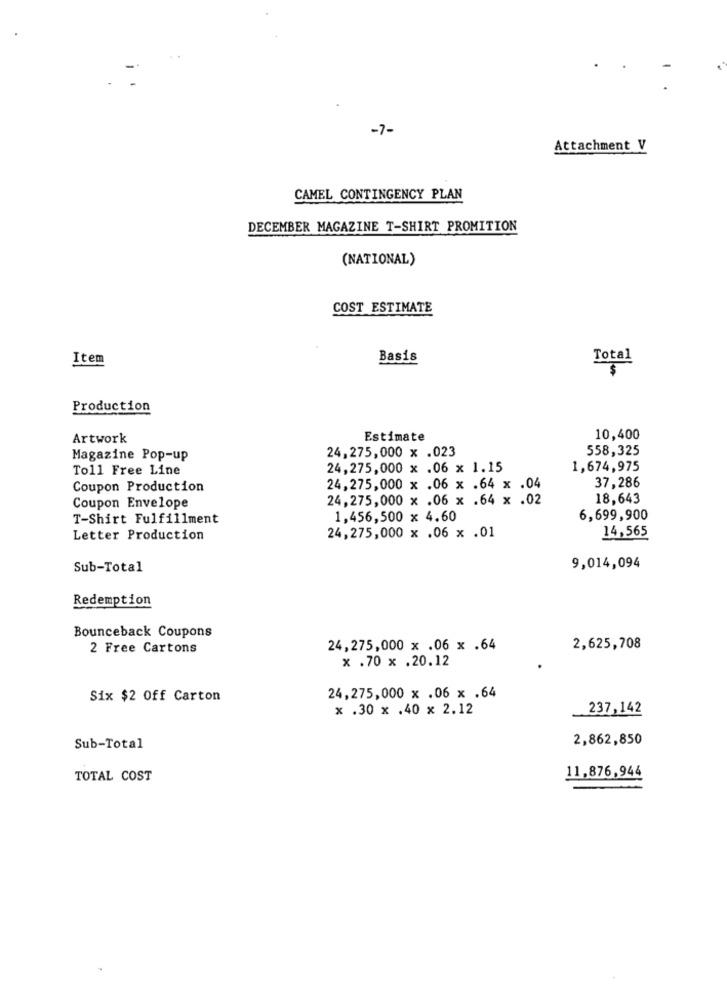
-7-
Attachment V
CAMEL CONTINGENCY PLAN
DECEMBER MAGAZINE T-SHIRT PROMITION
(NATIONAL)
COST ESTIMATE
Item
Basis
Total
Production
Artwork
Estimate
10,400
558,325
Magazine Pop-up
24,275,000 x .023
Toll Free Line
24,275,000 x .06 x 1.15
1,674,975
Coupon Production
24,275,000 x .06 x .64 x .04
37,286
24,275,000 x .06 x .64 x .02
18,643
Coupon Envelope
T-Shirt Fulfillment
1,456,500 x 4.60
6,699,900
14,565
Letter Production
24,275,000 x .06 x .01
Sub-Total
9,014,094
Redemption
Bounceback Coupons
2 Free Cartons
24,275,000 x .06 x .64
2,625,708
x .70 x .20.12
Six $2 Off Carton
24,275,000 x .06 x .64
x .30 x .40 x 2.12
237,142
2,862,850
Sub-Total
TOTAL COST
11,876,944